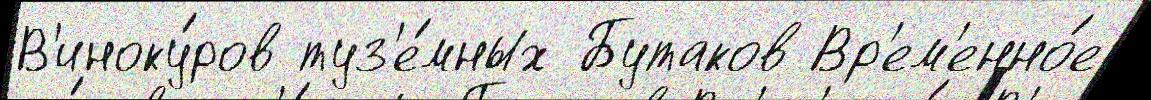
В'иноку́ров туз'е́мных Бутаков Вр'ем'енно́е